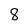
Character: 8